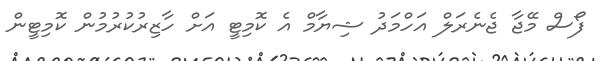
ފޯސް މޭޖާ ޖެނެރަލް އަހްމަދު ޝިޔާމް އެ ކޮމިޓީ އަށް ހާޒިރުކުރުމުން ކޮމިޓީން